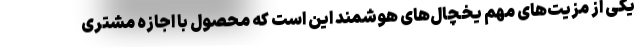
یکی از مزیت‌های مهم یخچال‌های هوشمند این است که محصول با اجازه مشتری